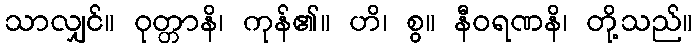
သာလျှင်။ ဝုတ္တာနိ၊ ကုန်၏။ ဟိ၊ စွ။ နီဝရဏနိ၊ တို့သည်။